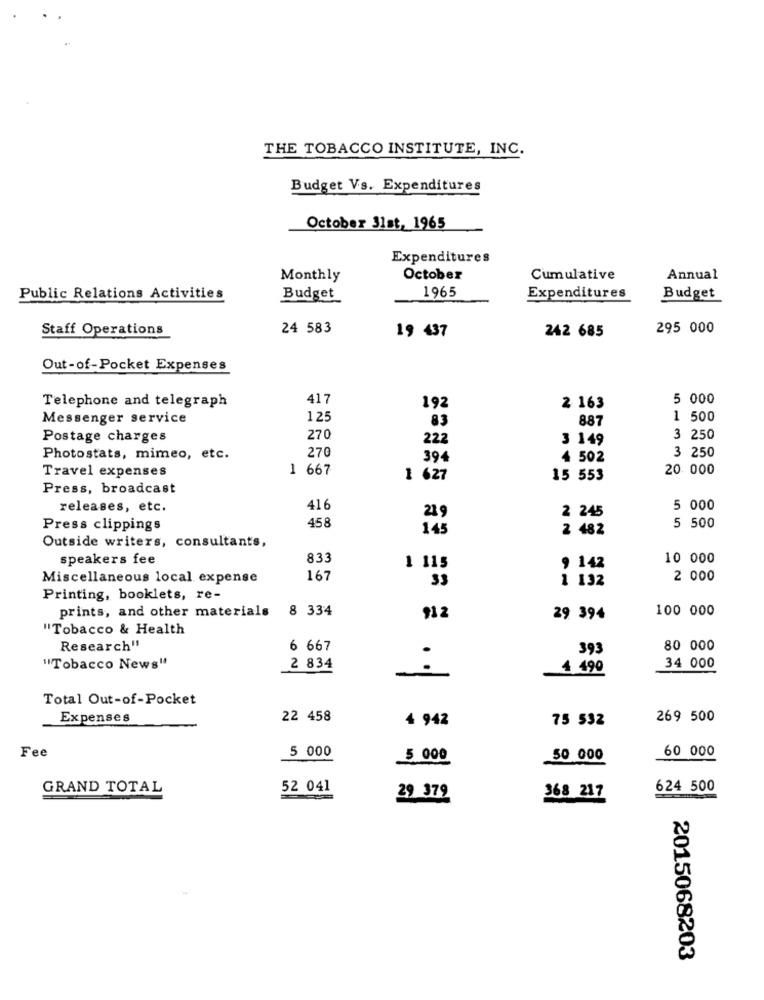
THE TOBACCO INSTITUTE, INC.
Budget Vs. Expenditures
October 31st, 1965
Expenditures
Monthly
October
Cumulative
Annual
1965
Public Relations Activities
Budget
Expenditures
Budget
Staff Operations
24 583
19 437
295 000
242 685
Out-of-Pocket Expenses
Telephone and telegraph
417
5 000
192
2 163
Messenger service
125
83
887
1 500
Postage charges
270
222
3 149
3 250
270
Photostats, mimeo, etc.
394
4 502
3 250
1 667
20. 000
Travel expenses
1 627
15 553
Press, broadcast
releases, etc.
416
5 000
458
21 9
2 245
Press clippings
145
2 482
5 500
Outside writers, consultants,
speakers fee
833
10 000
1 115
, 142
Miscellaneous local expense
167
33
1 132
2 000
Printing, booklets, re-
prints, and other materials 8 334
100 000
912
29 394
"Tobacco & Health
Research"
6 667
393
80 000
"Tobacco News"
2 834
4 490
34 000
Total Out-of-Pocket
Expenses
22 458
4 942
75 532
269 500
Fee
5 000
60 000
5 000
50 000
GRAND TOTAL
52 041
624 500
29 379
368 217
2015068203